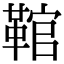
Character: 䩪